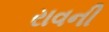
રાવની